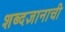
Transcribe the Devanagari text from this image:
शब्दज्ञानाची